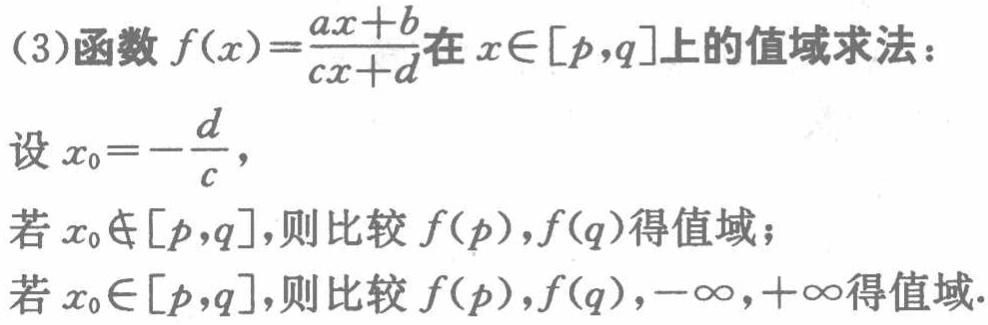
(3)函数 \(f(x)=\frac{ax + b}{cx + d}\)在 \(x\in[p,q]\)上的值域求法：

设 \(x_{0}=-\frac{d}{c}\)，

若 \(x_{0}\notin[p,q]\)，则比较 \(f(p),f(q)\)得值域；

若 \(x_{0}\in[p,q]\)，则比较 \(f(p),f(q),-\infty,+\infty\)得值域.